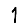
Digit: 1